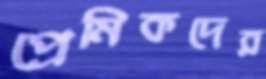
প্রেমিকদের